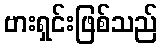
ဗားရှင်းဖြစ်သည်